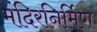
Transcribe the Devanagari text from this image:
मंदिरनिर्मिण